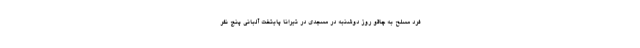
فرد مسلح به چاقو روز دوشنبه در مسجدی در تیرانا پایتخت آلبانی پنج نفر